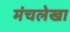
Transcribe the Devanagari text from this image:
मंचलेखा